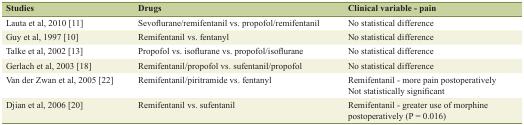
<table><thead><tr><td><b>Studies</b></td><td><b>Drugs</b></td><td><b>Clinical variable - pain</b></td></tr></thead><tbody><tr><td>Lauta et al, 2010 [11]</td><td>Sevoflurane/remifentanil vs. propofol/remifentanil</td><td>No statistical difference</td></tr><tr><td>Guy et al, 1997 [10]</td><td>Remifentanil vs. fentanyl</td><td>No statistical difference</td></tr><tr><td>Talke et al, 2002 [13]</td><td>Propofol vs. isoflurane vs. propofol/isoflurane</td><td>No statistical difference</td></tr><tr><td>Gerlach et al, 2003 [18]</td><td>Remifentanil/propofol vs. sufentanil/propofol</td><td>No statistical difference</td></tr><tr><td>Van der Zwan et al, 2005 [22]</td><td>Remifentanil/piritramide vs. fentanyl</td><td>Remifentanil - more pain postoperativelyNot statistically significant</td></tr><tr><td>Djian et al, 2006 [20]</td><td>Remifentanil vs. sufentanil</td><td>Remifentanil - greater use of morphine postoperatively (P = 0.016)</td></tr></tbody></table>